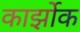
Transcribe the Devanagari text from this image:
कार्झोक